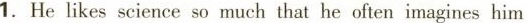
1.He-likes -science-so-much-that-he-often-imagines-him